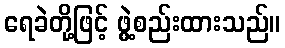
ရေခဲတို့ဖြင့် ဖွဲ့စည်းထားသည်။